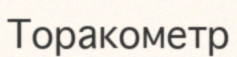
Торакометр